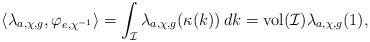
LaTeX: \begin{align*}\langle \lambda_{a,\chi,g},\varphi_{e,\chi^{-1}}\rangle=\int_{\mathcal{I}}\lambda_{a,\chi,g}(\kappa(k))\, dk=\mathrm{vol}(\mathcal{I})\lambda_{a,\chi,g}(1),\end{align*}